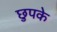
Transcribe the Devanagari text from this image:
छुपके